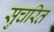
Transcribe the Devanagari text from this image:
सुचरित